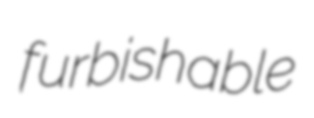
furbishable